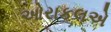
ઓરાકલએ